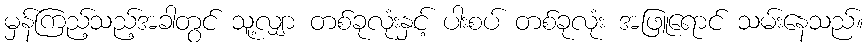
မှန်ကြည့်သည့်အခါတွင် သူ့လျှာ တစ်ခုလုံးနှင့် ပါးစပ် တစ်ခုလုံး အဖြူရောင် သမ်းနေသည်။